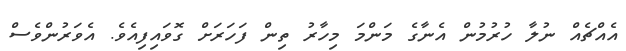
އެއްޗެއް ނުލާ ހުރުމުން އެނާގެ މަންމަ މިހާރު ތިން ފަހަރަށް ގޮވައިފިއެވެ. އެވަރުންވެސް